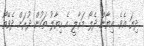
ދިޔަ އެވެ. އިޔާން ދެލޯ މަރާލީ އެ ހިޔާލު ތަކުން ދުރަށް ދެވޭތޯ